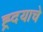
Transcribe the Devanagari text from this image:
ह्र्दयाचे